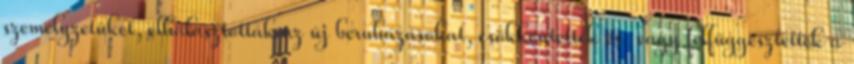
személyzetüket, elhalasztották az új beruházásokat, csökkentették és vagy felfüggesztették a